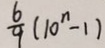
\frac { 6 } { 9 } ( 1 0 ^ { n } - 1 )